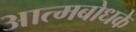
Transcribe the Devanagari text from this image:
आत्मबोधके